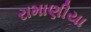
રામાણીયા